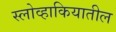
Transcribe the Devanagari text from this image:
स्लोव्हाकियातील